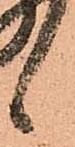
候